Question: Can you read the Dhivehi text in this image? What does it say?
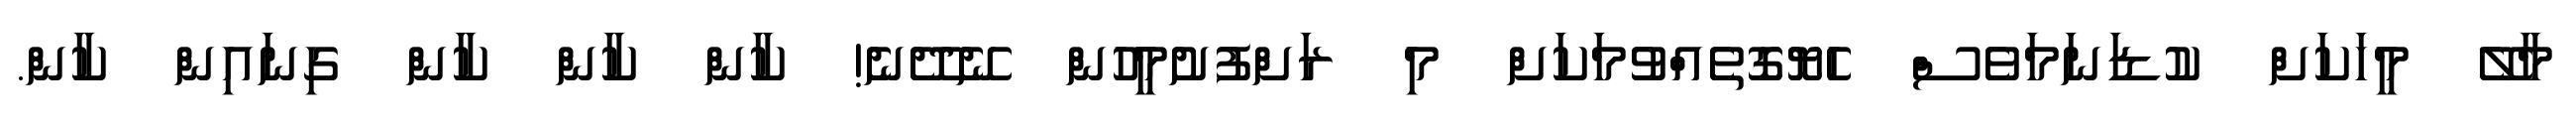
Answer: މާލޭ މީހަކަށް ކުޑަނަމަވެސް ހެޔޮގޮތެއްވުމަކަށް މި ރަށްފުށުމީހުން ނޭދޭނެ! ކާން ކާން ކާން ގިނައިން ކާން.